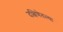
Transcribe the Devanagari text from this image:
दक्षिणेतल्या